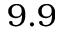
9 . 9